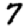
Digit: 7